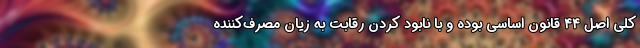
کلی اصل ۴۴ قانون اساسی بوده و با نابود کردن رقابت به زیان مصرف‌کننده